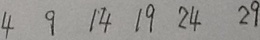
4 9 1 4 1 9 2 4 2 9